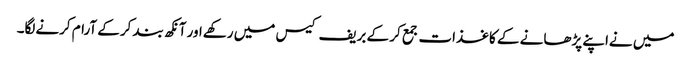
میں نےاپنے پڑھانے کے کاغذات جمع کر کے بریف کیس میں رکھےاور آنکھ بند کرکے آرام کرنےلگا۔